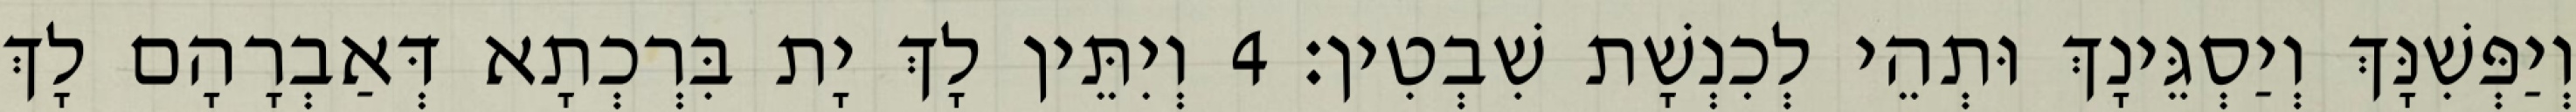
וְיַפְּשִׁנָּךְ וְיַסְגֵּינָךְ וּתְהֵי לְכִנְשָׁת שִׁבְטִין׃ 4 וְיִתֵּין לָךְ יָת בִּרְכְתָא דְּאַבְרָהָם לָךְ